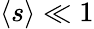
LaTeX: \langle s\rangle\ll 1